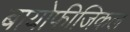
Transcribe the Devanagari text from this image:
बायोफीजिकल